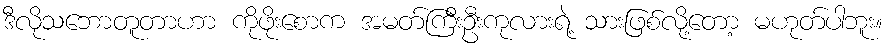
ဒီလိုသဘောတူတာဟာ ကိုဖိုးစောက အမတ်ကြီးဦးကုလားရဲ့ သားဖြစ်လို့တော့ မဟုတ်ပါဘူး။